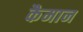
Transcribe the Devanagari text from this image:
कैमान